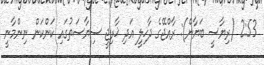
2:53 (ރިޔާސީ ބަޔާން): ރާއްޖޭގެ ދާޚިލީ އަދި ޚާރިޖީ ސިޔާސަތުގައި ކަންކަން ނިންމާނީ